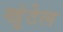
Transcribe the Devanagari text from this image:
खुंटेल